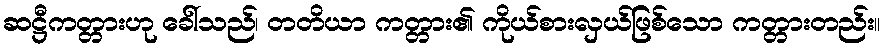
ဆဋ္ဌီကတ္တားဟု ခေါ်သည်၊ တတိယာ ကတ္တား၏ ကိုယ်စားလှယ်ဖြစ်သော ကတ္တားတည်း။